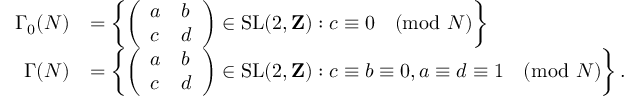
{ \begin{array} { r l } { \Gamma _ { 0 } ( N ) } & { = \left\{ { \left( \begin{array} { l l } { a } & { b } \\ { c } & { d } \end{array} \right) } \in { \mathrm { S L } } ( 2 , \mathbf { Z } ) : c \equiv 0 { \pmod { N } } \right\} } \\ { \Gamma ( N ) } & { = \left\{ { \left( \begin{array} { l l } { a } & { b } \\ { c } & { d } \end{array} \right) } \in { \mathrm { S L } } ( 2 , \mathbf { Z } ) : c \equiv b \equiv 0 , a \equiv d \equiv 1 { \pmod { N } } \right\} . } \end{array} }